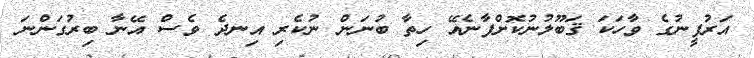
އަރުފީނުގެ ވާހަކަ ޤަބޫލުނުކޮށްފާނެއޭ ހިތާ ބުނަން ނުކެރި އިނދެ ވެސް އޭނާ ބިރުގަންނަ